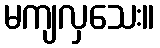
မကျလှသေး။